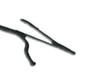
Signature authenticity: genuine